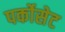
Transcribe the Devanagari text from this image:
पर्कोसेट